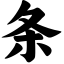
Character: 条